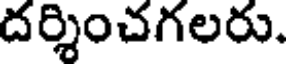
దర్శించగలరు.